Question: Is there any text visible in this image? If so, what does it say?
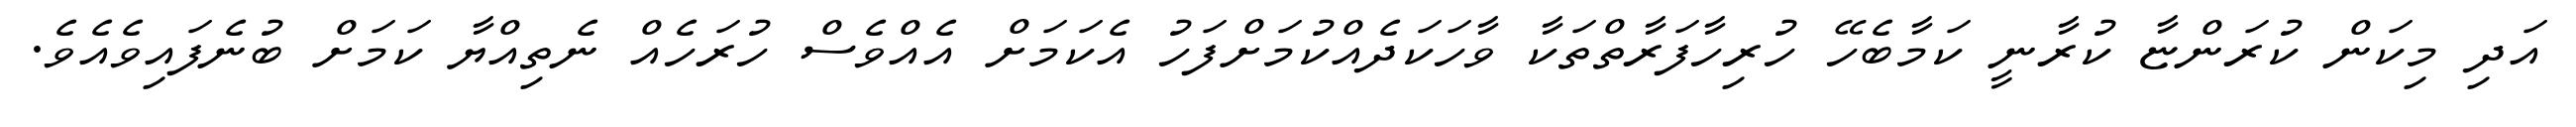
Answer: އަދި މިކަން ކުރަންޏާ ކުރާނީ ކަމާބެހޭ ހުރިހާފަރާތްތަކާ ވާހަކަދެއްކުމަށްފަހު އެކަމަށް އެއްވެސް ހުރަހެއް ނެތިއްޔާ ކަމަށް ބުނެފައިވެއެވެ.